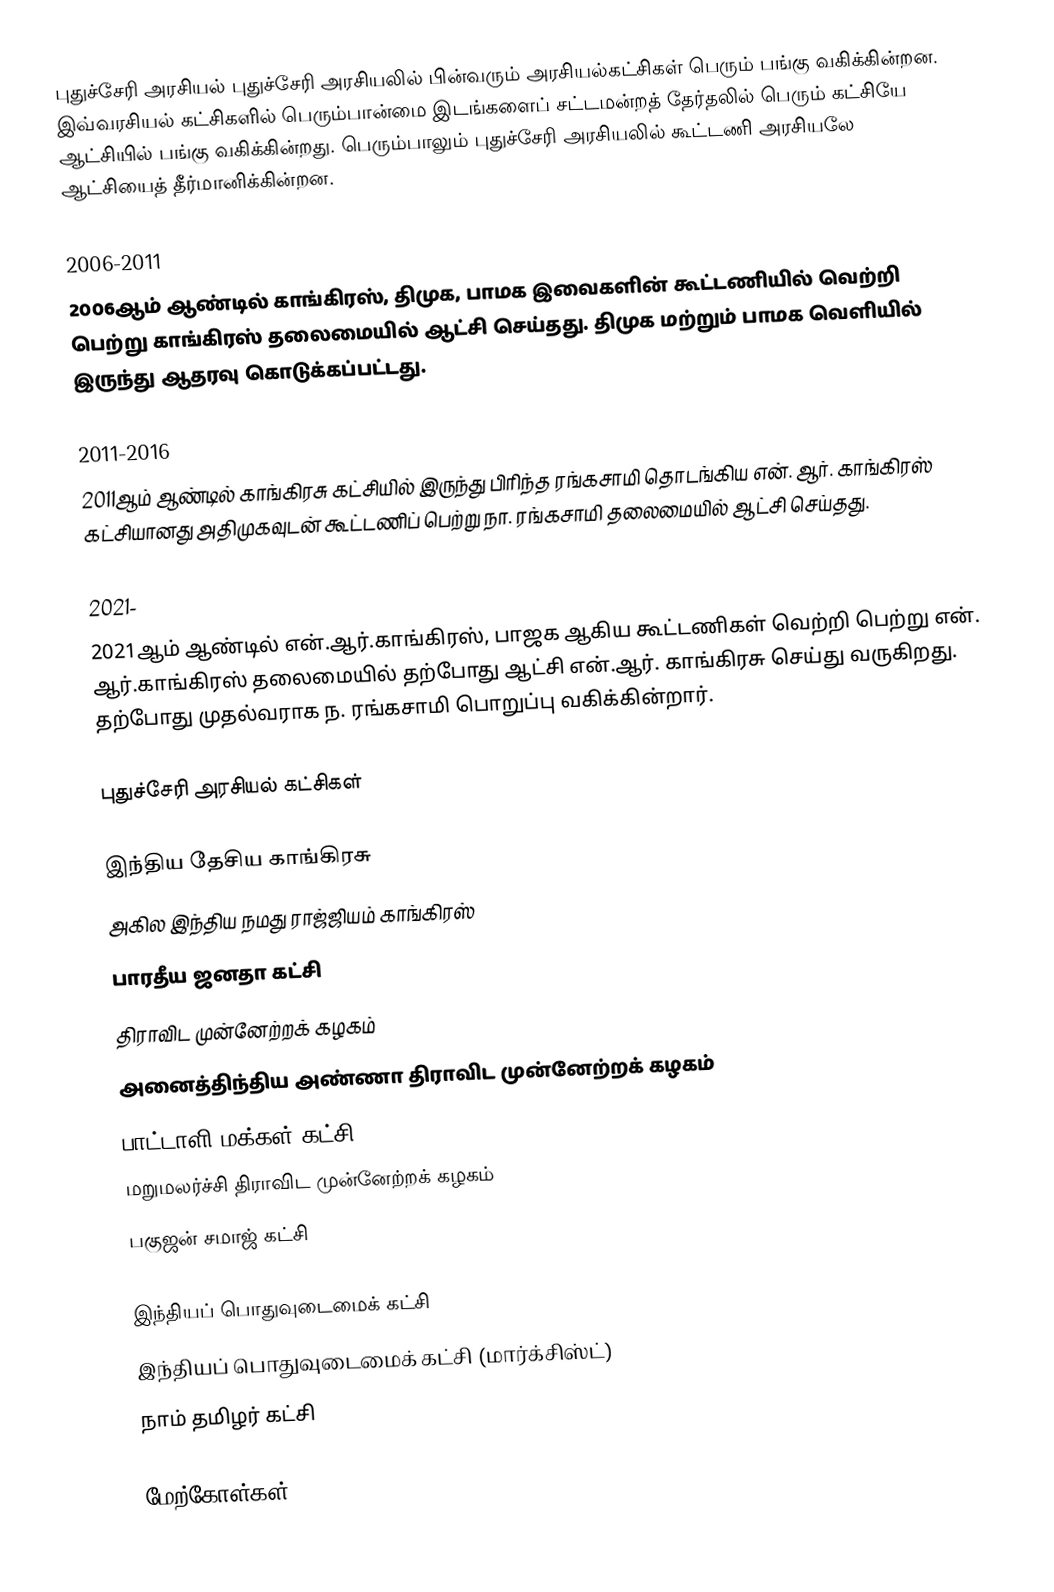
புதுச்சேரி அரசியல் புதுச்சேரி அரசியலில் பின்வரும் அரசியல்கட்சிகள் பெரும் பங்கு வகிக்கின்றன. இவ்வரசியல் கட்சிகளில் பெரும்பான்மை இடங்களைப் சட்டமன்றத் தேர்தலில் பெரும் கட்சியே ஆட்சியில் பங்கு வகிக்கின்றது. பெரும்பாலும் புதுச்சேரி அரசியலில் கூட்டணி அரசியலே ஆட்சியைத் தீர்மானிக்கின்றன.

2006-2011
2006ஆம் ஆண்டில் காங்கிரஸ், திமுக, பாமக இவைகளின் கூட்டணியில் வெற்றி பெற்று காங்கிரஸ் தலைமையில் ஆட்சி செய்தது. திமுக மற்றும் பாமக வெளியில் இருந்து ஆதரவு கொடுக்கப்பட்டது.

2011-2016
2011ஆம் ஆண்டில் காங்கிரசு கட்சியில் இருந்து பிரிந்த ரங்கசாமி தொடங்கிய என். ஆர். காங்கிரஸ் கட்சியானது அதிமுகவுடன் கூட்டணிப் பெற்று நா. ரங்கசாமி தலைமையில் ஆட்சி செய்தது.

2021-
2021ஆம் ஆண்டில் என்.ஆர்.காங்கிரஸ், பாஜக ஆகிய கூட்டணிகள் வெற்றி பெற்று என். ஆர்.காங்கிரஸ் தலைமையில் தற்போது ஆட்சி என்.ஆர். காங்கிரசு செய்து வருகிறது. தற்போது முதல்வராக ந. ரங்கசாமி பொறுப்பு வகிக்கின்றார்.

புதுச்சேரி அரசியல் கட்சிகள்

இந்திய தேசிய காங்கிரசு
அகில இந்திய நமது ராஜ்ஜியம் காங்கிரஸ்
பாரதீய ஜனதா கட்சி
திராவிட முன்னேற்றக் கழகம்
அனைத்திந்திய அண்ணா திராவிட முன்னேற்றக் கழகம்
பாட்டாளி மக்கள் கட்சி
மறுமலர்ச்சி திராவிட முன்னேற்றக் கழகம்
பகுஜன் சமாஜ் கட்சி

இந்தியப் பொதுவுடைமைக் கட்சி
இந்தியப் பொதுவுடைமைக் கட்சி (மார்க்சிஸ்ட்)
நாம் தமிழர் கட்சி

மேற்கோள்கள்